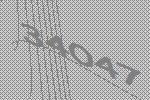
34047